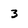
Character: 3